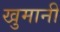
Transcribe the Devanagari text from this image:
खुमानी